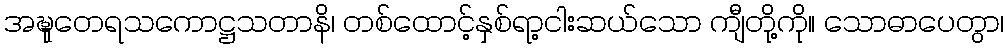
အဍ္ဎုတေရသကောဋ္ဌသတာနိ၊ တစ်ထောင့်နှစ်ရာ့ငါးဆယ်သော ကျီတို့ကို။ သောဓာပေတွာ၊